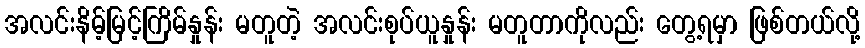
အလင်းနိမ့်မြင့်ကြိမ်နှုန်း မတူတဲ့ အလင်းစုပ်ယူနှုန်း မတူတာကိုလည်း တွေ့ရမှာ ဖြစ်တယ်လို့